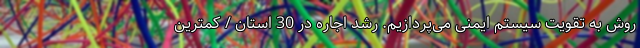
روش به تقویت سیستم ایمنی می‌پردازیم. رشد اجاره در 30 استان / کمترین